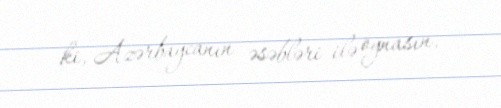
ki, Azərbaycanın əsəbləri ilə oynasın.